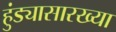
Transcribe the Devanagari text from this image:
हुंड्यासारख्या